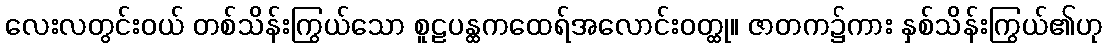
လေးလတွင်းဝယ် တစ်သိန်းကြွယ်သော စူဠပန္ထကထေရ်အလောင်းဝတ္ထု။ ဇာတက၌ကား နှစ်သိန်းကြွယ်၏ဟု